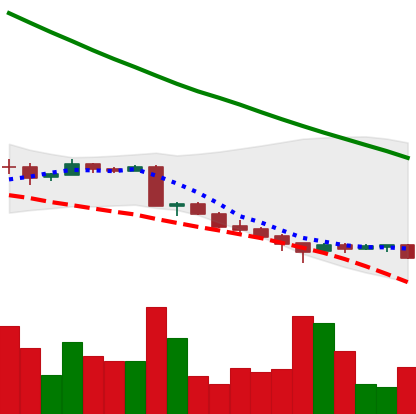
Ticker: ADA-USD
Chart end date: 2018-09-17
Forward return: 30.194%
Label: up_7plus